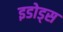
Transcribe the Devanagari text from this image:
इडोड्स